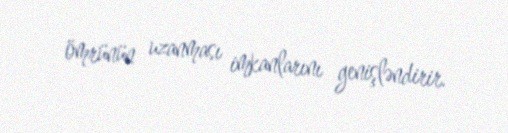
ömrünün uzanması imkanlarını genişləndirir.